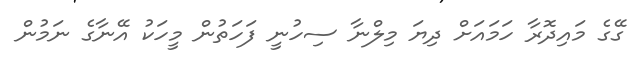
ގޭގެ މައިދޮރާ ހަމައަށް ދިޔަ މިލްނާ ސިހުނީ ފަހަތުން މީހަކު އޭނާގެ ނަމުން